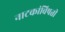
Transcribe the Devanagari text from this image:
नाटकांविषती